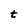
Character: t